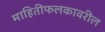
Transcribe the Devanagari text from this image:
माहितीफलकावरील